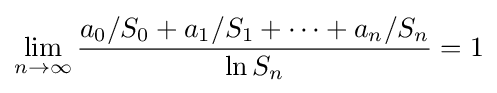
\lim _{n\to \infty }{\frac {a_{0}/S_{0}+a_{1}/S_{1}+\cdots +a_{n}/S_{n}}{\ln S_{n}}}=1